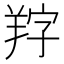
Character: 𦍺